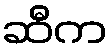
ဆီက